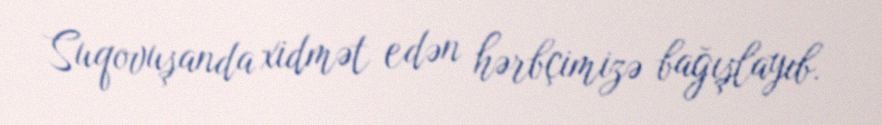
Suqovuşanda xidmət edən hərbçimizə bağışlayıb.